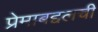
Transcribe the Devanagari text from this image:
प्रेमाबद्दलची